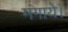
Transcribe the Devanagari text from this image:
मंगाये।